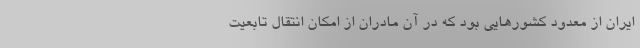
ایران از معدود کشورهایی بود که در آن مادران از امکان انتقال تابعیت